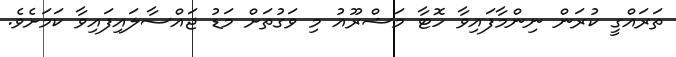
ތަރައްގީ ކުރަން ނިންމާފައިވާ ހޮޓާ މަޝްރޫއު މި ވަގުތަށް މަޑު ޖައްސާލައިފައިވާ ކަމަށެވެ.